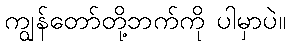
ကျွန်တော်တို့ဘက်ကို ပါမှာပဲ။